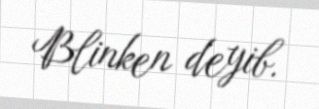
Blinken deyib.